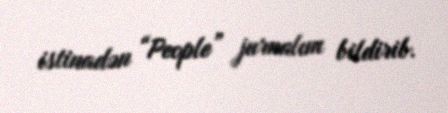
istinadən “People” jurnalını bildirib.